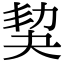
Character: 𡘢